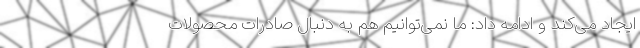
ایجاد می‌کند و ادامه داد: ما نمی‌توانیم هم به دنبال صادرات محصولات